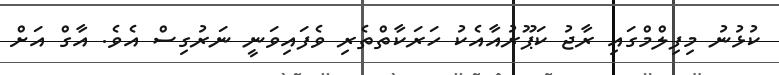
ކުޅުނު މިފިލްމްގައި ރާޖު ކަޕޫރުއާއެކު ހަރަކާތްތެރި ވެފައިވަނީ ނަރުގިސް އެވެ. އާގް އަށް